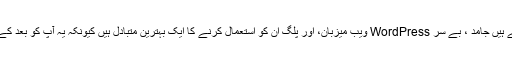
کچھ تیسری پارٹی کے حل ہیں جو بطور کام کرتے ہیں جامد ، بے سر WordPress ویب میزبان، اور پلگ ان کو استعمال کرنے کا ایک بہترین متبادل ہیں کیونکہ یہ آپ کو بعد کے معاملات سے وابستہ معاملات میں مدد ملتی ہیں۔